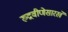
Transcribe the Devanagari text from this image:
रुद्रवीणेसारखे